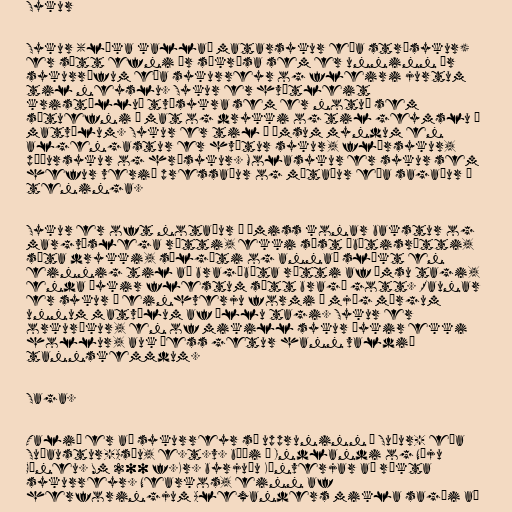
Sykur

Sykur (líka kallað matarsykur eða strásykur)
er sætt efni úr súkrósa sem er unninn úr
sykurrófum eða sykurreyr og fleiri jurtum
til neyslu. Sykur er hvítleit
kristölluð tvísykra sem er notuð sem
sætuefni í mat og drykki og til geymslu á
matvælum. Sykur er til í ýmsum myndum en
algengastur er hvítur sykur, flórsykur,
púðursykur og hrásykur. Molasykur er sykur sem
hefur verið pressaður og mótaður eða sagaður í
teninga.

Sykur er oft notaður í ýmiss konar bakstur og
margvíslega rétti, ekki síst ábætisrétti,
sæta drykki, sælgæti og annað slíkt en
einnig til að bragðbæta rétti af ýmsu tagi,
enda þykir flestum sætt bragð gott. Raunar
er sykur í einhverju formi í mjög mörgum
unnum matvælum af öllu tagi. Sykur er
orkuríkur, en of mikill sykur þykir ekki
hollur, auk þess getur hann valdið
tannskemmdum.

Saga.

Talið er að sykurreyr sé uppruninn í Suður- eða
Suðaustur-Asíu, e.t.v. bæði á Indlandi og Nýju
Gíneu. Um 200 f.Kr. byrjuðu Kínverjar að rækta
sykurreyr. Nearkos, einn af
herforingjum Alexanders mikla sagði að